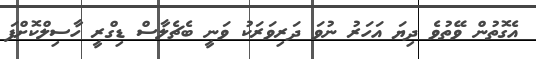
އެގޮތުން ވޭތުވެ ދިޔަ އަހަރު ނުވަ ދަރިވަރަކު ވަނީ ބެޗެލާސް ޑިގްރީ ހާސިލްކޮށްފަ